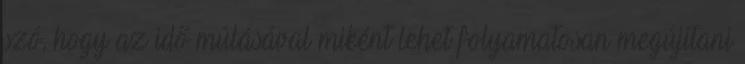
szó, hogy az idő múlásával miként lehet folyamatosan megújítani